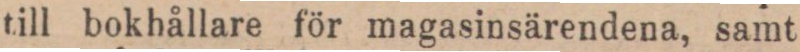
till bokhållare för magasinsärendena, samt